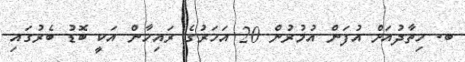
ބ. ހިތާދުއަށް އުފަން އުމުރުން 20 އަހަރުގެ ރައިހާން އަކީ ބޮޑު ބެރުގައި